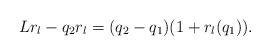
LaTeX: \begin{align*}L r_l -q_2 r_l = (q_2-q_1)(1+r_l(q_1)).\end{align*}